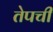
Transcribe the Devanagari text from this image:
तेपची